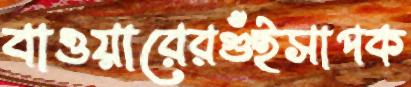
বাওয়ারেরগুঁইসাপক